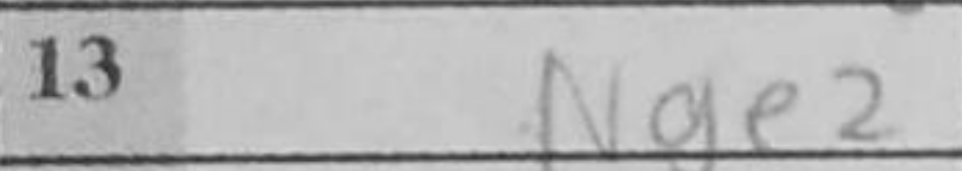
Transcription: Nge2